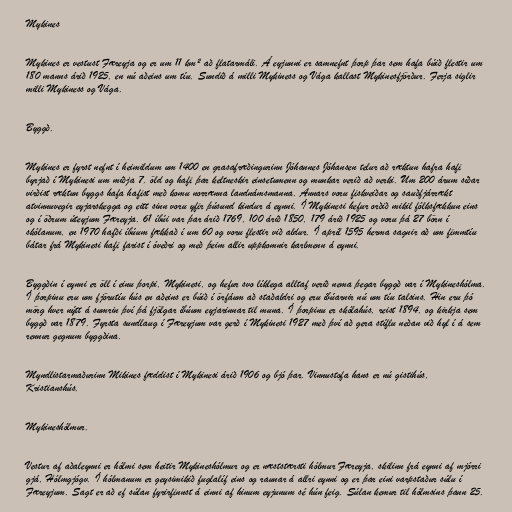
Mykines

Mykines er vestust Færeyja og er um 11 km² að flatarmáli. Á eyjunni er samnefnt þorp þar sem hafa búið flestir um
180 manns árið 1925, en nú aðeins um tíu. Sundið á milli Mykiness og Vága kallast Mykinesfjörður. Ferja siglir
milli Mykiness og Vága.

Byggð.

Mykines er fyrst nefnt í heimildum um 1400 en grasafræðingurinn Jóhannes Jóhansen telur að ræktun hafra hafi
byrjað í Mykinesi um miðja 7. öld og hafi þar keltneskir einsetumenn og munkar verið að verki. Um 200 árum síðar
virðist ræktun byggs hafa hafist með komu norrænna landnámsmanna. Annars voru fiskveiðar og sauðfjárrækt
atvinnuvegir eyjarskegga og eitt sinn voru yfir þúsund kindur á eynni. Í Mykinesi hefur orðið mikil fólksfækkun eins
og í öðrum úteyjum Færeyja. 61 íbúi var þar árið 1769, 100 árið 1850, 179 árið 1925 og voru þá 27 börn í
skólanum, en 1970 hafði íbúum fækkað í um 60 og voru flestir við aldur. Í apríl 1595 herma sagnir að um fimmtíu
bátar frá Mykinesi hafi farist í óveðri og með þeim allir uppkomnir karlmenn á eynni.

Byggðin í eynni er öll í einu þorpi, Mykinesi, og hefur svo líklega alltaf verið nema þegar byggð var í Mykineshólma.
Í þorpinu eru um fjörutíu hús en aðeins er búið í örfáum að staðaldri og eru íbúarnir nú um tíu talsins. Hin eru þó
mörg hver nýtt á sumrin því þá fjölgar íbúum eyjarinnar til muna. Í þorpinu er skólahús, reist 1894, og kirkja sem
byggð var 1879. Fyrsta sundlaug í Færeyjum var gerð í Mykinesi 1927 með því að gera stíflu neðan við hyl í á sem
rennur gegnum byggðina.

Myndlistarmaðurinn Mikines fæddist í Mykinesi árið 1906 og bjó þar. Vinnustofa hans er nú gistihús,
Kristianshús.

Mykineshólmur.

Vestur af aðaleynni er hólmi sem heitir Mykineshólmur og er næststærsti hólmur Færeyja, skilinn frá eynni af mjórri
gjá, Hólmgjógv. Í hólmanum er geysimikið fuglalíf eins og raunar á allri eynni og er þar eini varpstaður súlu í
Færeyjum. Sagt er að ef súlan fyrirfinnst á einni af hinum eyjunum sé hún feig. Súlan kemur til hólmsins þann 25.